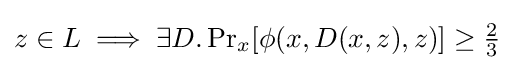
z\in L\implies \exists D.\Pr \nolimits _{x}[\phi (x,D(x,z),z)]\geq {\tfrac {2}{3}}